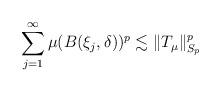
LaTeX: \begin{align*} \sum_{j = 1}^\infty \mu(B(\xi_j, \delta))^p \lesssim \|T_\mu\|_{S_p} ^p \end{align*}